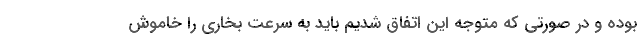
بوده و در صورتی که متوجه این اتفاق شدیم باید به سرعت بخاری را خاموش